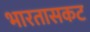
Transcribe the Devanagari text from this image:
भारतासकट